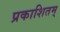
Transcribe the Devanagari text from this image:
प्रकाशितम्